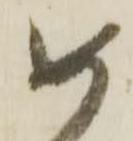
如